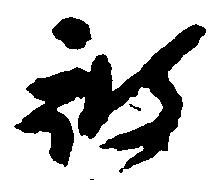
被